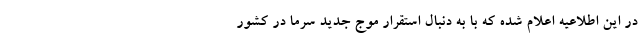
در این اطلاعیه اعلام شده که با به دنبال استقرار موج جدید سرما در کشور